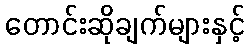
တောင်းဆိုချက်များနှင့်